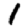
Digit: 1